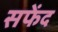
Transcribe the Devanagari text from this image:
सफेंद